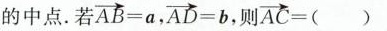
的中点。若 \overrightarrow{AB}=a ， \overrightarrow{AD}=b则 \overrightarrow{AC}=( )